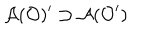
LaTeX: \mathcal { A } ( \mathcal { O } ) ^ { \prime } \supset \mathcal { A } ( \mathcal { O } ^ { \prime } )